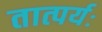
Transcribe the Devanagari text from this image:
तात्पर्यः